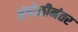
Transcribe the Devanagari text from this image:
अंघोळीनंतर